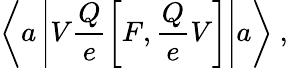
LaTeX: \left\langle a\left|V\frac{Q}{e}\left[F,\frac{Q}{e}V\right]\right|a\right\rangle~,